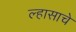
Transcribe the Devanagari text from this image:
ल्हासाचे